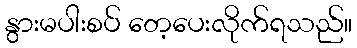
နွားမပါးစပ် တေ့ပေးလိုက်ရသည်။